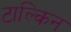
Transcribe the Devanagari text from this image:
टाल्किन